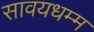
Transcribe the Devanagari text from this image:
सावयधम्म